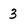
Character: 3